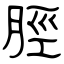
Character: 脛